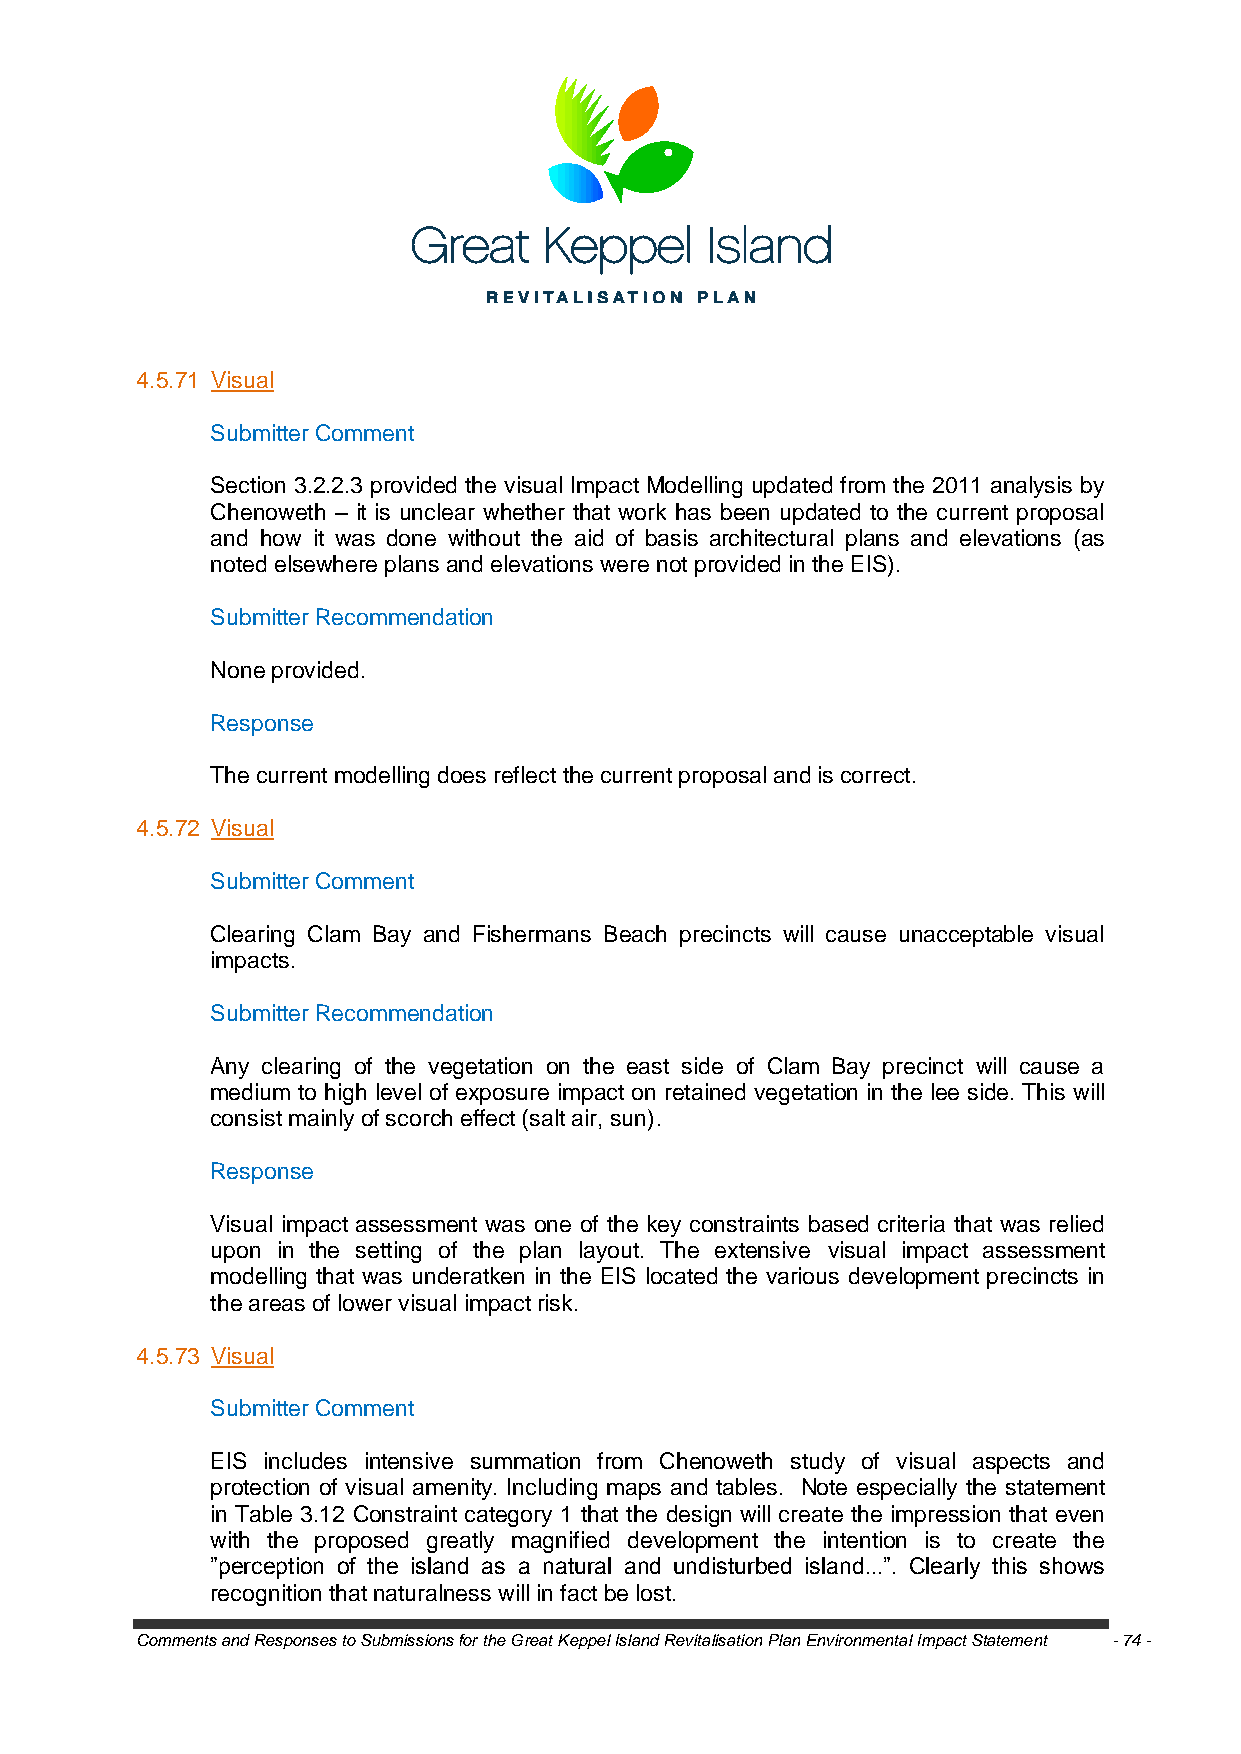
4.5.71 Visual
 Submitter Comment
 Section 3.2.2.3 provided the visual Impact Modelling updated from the 2011 analysis by
 Chenoweth – it is unclear whether that work has been updated to the current proposal
 and how it was done without the aid of basis architectural plans and elevations (as
 noted elsewhere plans and elevations were not provided in the EIS).
 Submitter Recommendation
 None provided.
 Response
 The current modelling does reflect the current proposal and is correct.
 4.5.72 Visual
 Submitter Comment
 Clearing Clam Bay and Fishermans Beach precincts will cause unacceptable visual
 impacts.
 Submitter Recommendation
 Any clearing of the vegetation on the east side of Clam Bay precinct will cause a
 medium to high level of exposure impact on retained vegetation in the lee side. This will
 consist mainly of scorch effect (salt air, sun).
 Response
 Visual impact assessment was one of the key constraints based criteria that was relied
 upon in the setting of the plan layout. The extensive visual impact assessment
 modelling that was underatken in the EIS located the various development precincts in
 the areas of lower visual impact risk.
 4.5.73 Visual
 Submitter Comment
 EIS includes intensive summation from Chenoweth study of visual aspects and
 protection of visual amenity. Including maps and tables. Note especially the statement
 in Table 3.12 Constraint category 1 that the design will create the impression that even
 with the proposed greatly magnified development the intention is to create the
 ‖perception of the island as a natural and undisturbed island...‖. Clearly this shows
 recognition that naturalness will in fact be lost.
 Comments and Responses to Submissions for the Great Keppel Island Revitalisation Plan Environmental Impact Statement - 74 -